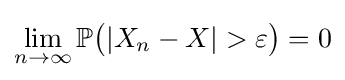
\lim _{n\to \infty }\mathbb {P} {\big (}|X_{n}-X|>\varepsilon {\big )}=0